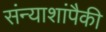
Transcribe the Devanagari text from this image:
संन्याशांपैकी